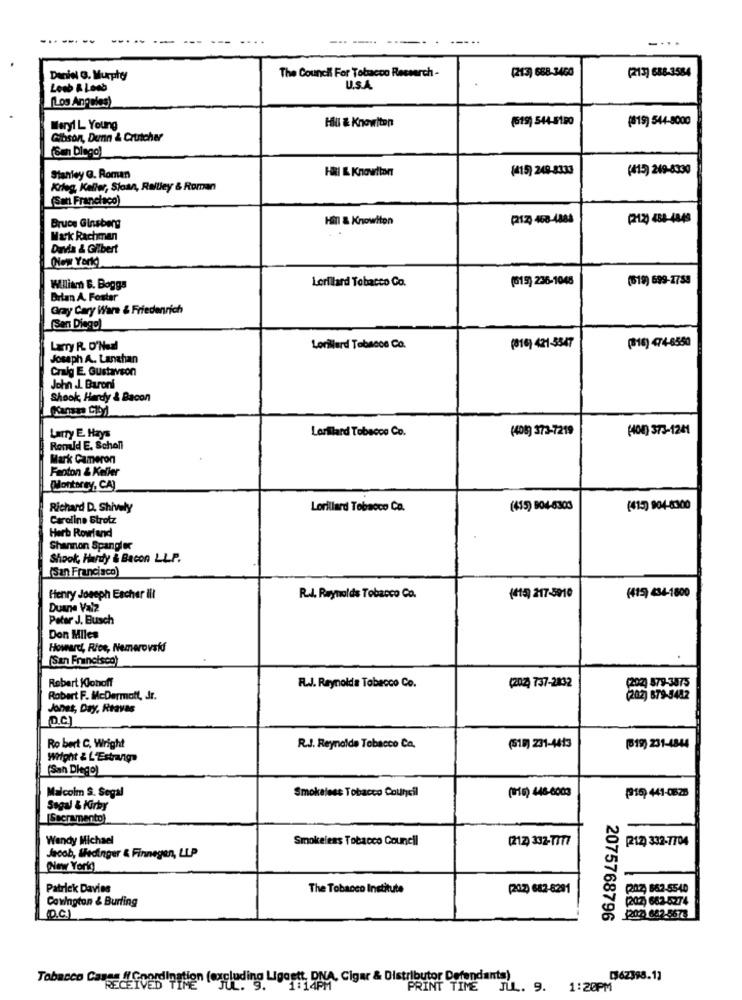
....
The Council For Tobacco Research -
(213) 688-3460
Daniel G. Murphy
(213] 688-3584
U.S.A.
[Los Angeles)
Hill & Knowlton
(619) 544-5190
(19) 541-5000
Mary1 L Young
Gibson, Dunn & Crutcher
(San Diego)
HRI & Knowlton
(415) 249-8333
(415) 249-8330
Stanley @. Roman
Krieg, Keller, Sloan, Rallley & Roman
(San Francisco)
Bruce Ginsberg
Hill & Knowlton
(212) 458-4884
(212) 484-4848
Mark Rachman
Davia & Gilbert
(New York)
Lorillard Tobacco Co.
(615) 236-1048
(519) 699-2758
William B. Boggs
Bilan A. Foster
Gray Cary Ware & Friedenrich
(San Diego)
LaTy R. O'Neal
Lorillard Tabacos Co.
(816) 421-5347
(16) 474-6350
Joseph A. Langhan
Craig E. Gustavson
John J. Baroni
Shook, Hardy & Bacon
Larry E. Hays
Lorillard Tobacco Co.
(408) 373-7219
(408) 373-1241
Ronald E. Scholl
Mark Cameron
Feoton & Keller
(Monterey, CA)
Richard D. Shively
Lorillard Tobacco Ca.
(415) 904-6303
(415) 904-6300
Caroline Etrotz
Herb Rowfand
Shannon Spangler
Shook, Hardy & Bacon LLP.
(San Francisco)
Henry Joseph Escher Ill
R.J. Reynolds Tobacco Co.
(415) 217-5910
(415) 434-1600
Duane Valz
Peter J. Busch
Don Miles
Howard, Rice, Nemerovakf
(San Francisco)
Robert Klohoff
R.J. Reynolds Tobacco Co.
(204 737-2832
203 579-3875
Robert F. McDermott, Jr.
(202) 879-5482
Jones, Day, Reavas
Ro bert C. Wright
R.J. Reynolds Tobacco Ca.
(518) 231-4413
[519) 231-4844
Wright & L'Estrange
(San Diego)
Smokeless Tobacco Council
(16) 448-6003
Malcolm S. Segal
(916) 441-0628
Sagal & Kirby
[Sacramento)
Wendy Michael
Smokeless Tobacco Council
(212) 332-7777
[212) 332-7704
Jacob, IHedinger & Finnegen, LLP
(New York)
Patrick Davies
The Tobacco Institute
(207) 682-8291
(202 862-5540
Covington & Burling
(207) 662-5274
(D.C.)
2075768796
20:2 682-5673
Tobacco Casse #Coordination (excluding Ligoett, DNA, Cigar & Distributor Defendants)
[362398.13
1:14PM
PRINT TIME JUL. 9. 1:20PM